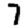
Digit: 7